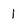
Character: 1